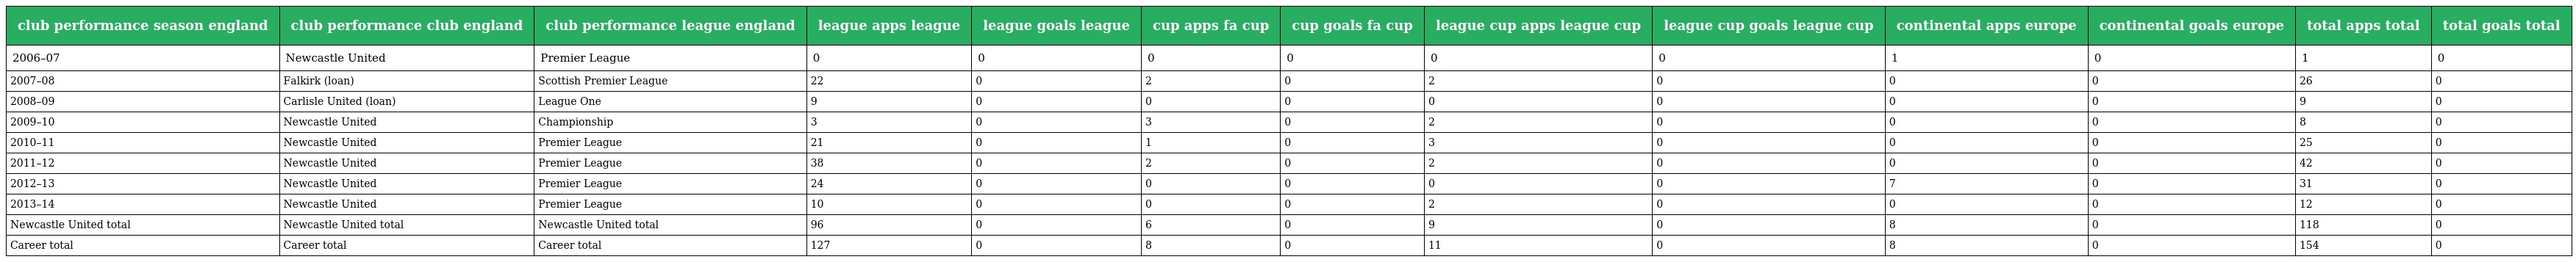
| club performance season england | club performance club england | club performance league england | league apps league | league goals league | cup apps fa cup | cup goals fa cup | league cup apps league cup | league cup goals league cup | continental apps europe | continental goals europe | total apps total | total goals total |
 | --- | --- | --- | --- | --- | --- | --- | --- | --- | --- | --- | --- | --- |
 | 2006–07 | Newcastle United | Premier League | 0 | 0 | 0 | 0 | 0 | 0 | 1 | 0 | 1 | 0 |
 | 2007–08 | Falkirk (loan) | Scottish Premier League | 22 | 0 | 2 | 0 | 2 | 0 | 0 | 0 | 26 | 0 |
 | 2008–09 | Carlisle United (loan) | League One | 9 | 0 | 0 | 0 | 0 | 0 | 0 | 0 | 9 | 0 |
 | 2009–10 | Newcastle United | Championship | 3 | 0 | 3 | 0 | 2 | 0 | 0 | 0 | 8 | 0 |
 | 2010–11 | Newcastle United | Premier League | 21 | 0 | 1 | 0 | 3 | 0 | 0 | 0 | 25 | 0 |
 | 2011–12 | Newcastle United | Premier League | 38 | 0 | 2 | 0 | 2 | 0 | 0 | 0 | 42 | 0 |
 | 2012–13 | Newcastle United | Premier League | 24 | 0 | 0 | 0 | 0 | 0 | 7 | 0 | 31 | 0 |
 | 2013–14 | Newcastle United | Premier League | 10 | 0 | 0 | 0 | 2 | 0 | 0 | 0 | 12 | 0 |
 | Newcastle United total | Newcastle United total | Newcastle United total | 96 | 0 | 6 | 0 | 9 | 0 | 8 | 0 | 118 | 0 |
 | Career total | Career total | Career total | 127 | 0 | 8 | 0 | 11 | 0 | 8 | 0 | 154 | 0 |